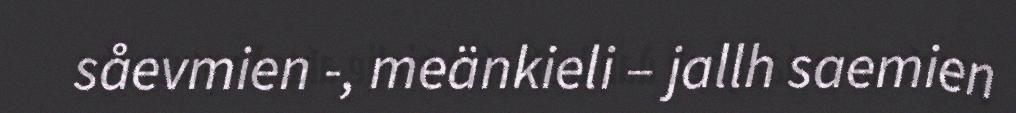
såevmien -, meänkieli – jallh saemien